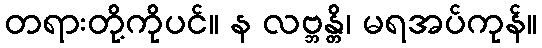
တရားတို့ကိုပင်။ န လဗ္ဘန္တိ၊ မရအပ်ကုန်။